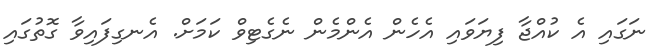
ނަގައި އެ ކުއްޖާ ފިޔަވައި އެހެން އެންމެން ނެގެޓިވް ކަމަށް. އެނގިފައިވާ ގޮތުގައި